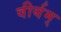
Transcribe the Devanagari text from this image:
वीर्यम्